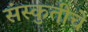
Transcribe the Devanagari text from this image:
संस्कुतीचे